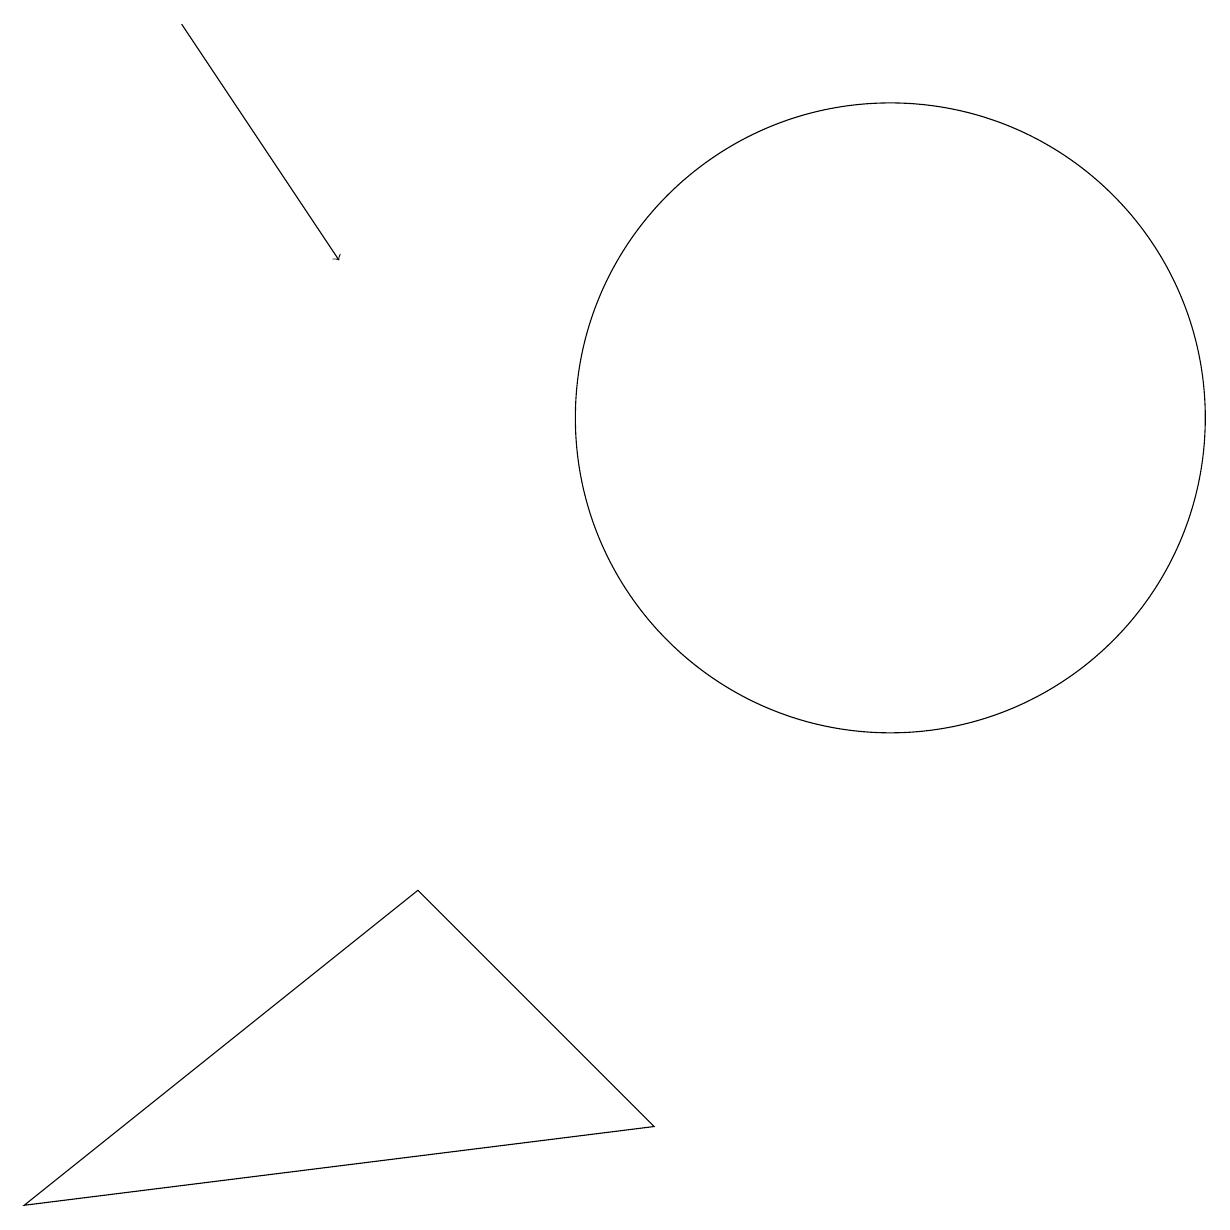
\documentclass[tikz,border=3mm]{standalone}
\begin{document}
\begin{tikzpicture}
\draw[->] (2,15) -- (4,12);
\draw (0,0) -- (5,4) -- (8,1) -- cycle;
\draw (11,10) circle (4);
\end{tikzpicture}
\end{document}